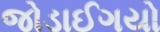
જોડાઈગયો